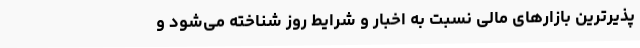
‌پذیرترین بازارهای مالی نسبت به اخبار و شرایط روز شناخته می‌شود و